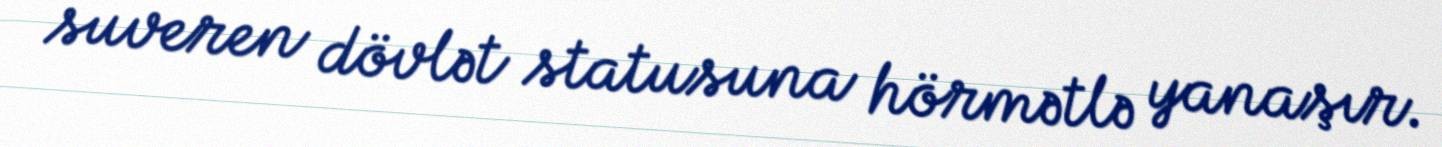
suveren dövlət statusuna hörmətlə yanaşır.